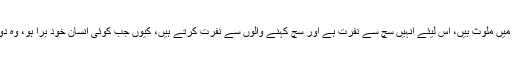
کیونکہ بُرے لوگ بُرے کاموں میں ملوث ہیں، اس لیئے انہیں سچ سے نفرت ہے اور سچ کہنے والوں سے نفرت کرتے ہیں، کیوں جب کوئی انسان خود بُرا ہو، وہ دوسروں کو بھی بُرا سمجھتا ہے۔